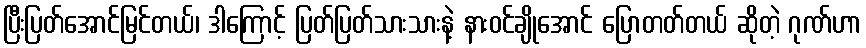
ပြီးပြတ်အောင်မြင်တယ်၊ ဒါကြောင့် ပြတ်ပြတ်သားသားနဲ့ နားဝင်ချိုအောင် ပြောတတ်တယ် ဆိုတဲ့ ဂုဏ်ဟာ